Calcutta medical institutions reports 1892-1900
Year: 1892
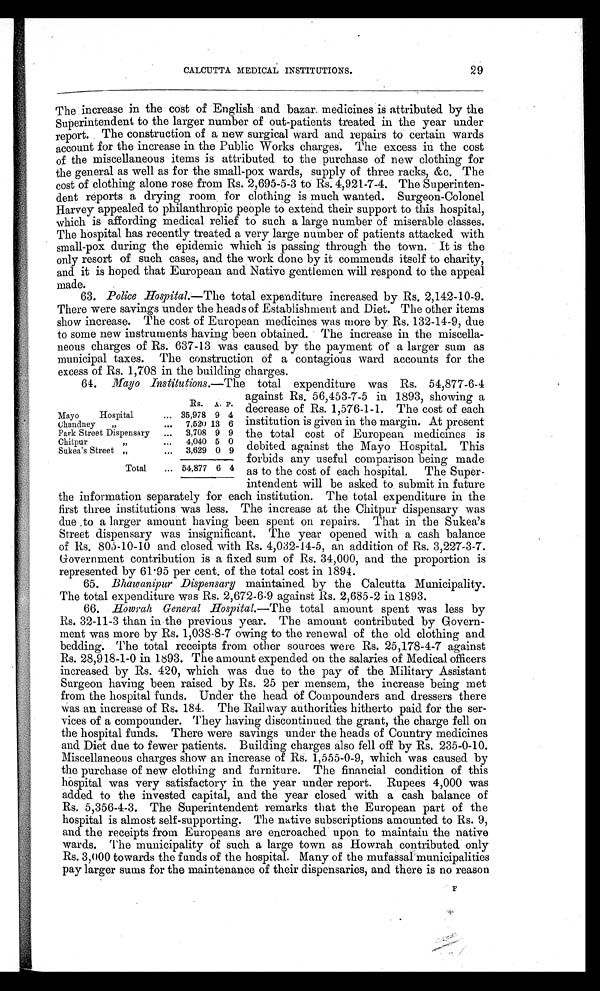
CALCUTTA MEDICAL INSTITUTIONS.
29
The increase in the cost of English and bazar. medicines is attributed by the
Superintendent to the larger number of out-patients treated in the year under
report. The construction of a new surgical ward and repairs to certain wards
account for the increase in the Public Works charges. The excess in the cost
of the miscellaneous items is attributed to the purchase of new clothing for
the general as well as for the small-pox wards, supply of three racks, &c. The
cost of clothing alone rose from Rs. 2,695-5-3 to Rs. 4,921-7-4. The Superinten
- d e n t r e p o r t s a d r y i n g r o o m f o r c l o t h i n g i s m u c h w a n t e d . S u r g e o n - C o l o n e l
Harvey appealed to philanthropic people to extend their support to this hospital,
which is affording medical relief to such a large number of miserable classes.
The hospital has recently treated a very large number of patients attacked with
small-pox during the epidemic which is passing through the town. It is the
only resort of such cases, and the work done by it commends itself to charity,
and it is hoped that European and Native gentlemen will respond to the appeal
made.
63. Police Hospital .—The total expenditure increased by Rs. 2,142-10-9.
There were savings under the heads of Establishment and Diet. The other items
show increase. The cost of European medicines was more by Rs. 132-14-9, due
to some new instruments having been obtained. The increase in the miscella-
neous charges of Rs. 637-13 was caused by the payment of a larger sum as
municipal taxes. The construction of a contagious ward accounts for the
excess of Rs. 1,708 in the building charges.
64. Mayo Institutions .—The total expenditure was Rs. 54,877-6-4
Rs. A. P.
Mayo
Hospital
... 35,978 9 4
Chandney
”
...
7,520 13 6
Park Street Dispensary
...
3,708 9 9
Chitpur
”
...
4,040 5 0
Sukea's Street ”
...
3,629 0 9
Total ... 54,877 6 4
against Rs. 56,453-7-5 in 1893, showing a
decrease of Rs. 1,576-1-1. The cost of each
institution is given in the margin. At present
the total cost of European medicines is
debited against the Mayo Hospital. This
forbids any useful comparison being made
as to the cost of each hospital. The Super-
intendent will be asked to submit in future
the information separately for each institution. The total expenditure in the
first three institutions was less. The increase at the Chitpur dispensary was
due to a larger amount having been spent on repairs. That in the Sukea’s
Street dispensary was insignificant. The year opened with a cash balance
of Rs. 805-10-10 and closed with Rs. 4,032-14-5, an addition of Rs. 3,227-3-7.
Government contribution is a fixed sum of Rs. 34,000, and the proportion is
represented by 61.95 per cent. of the total cost in 1894.
65. Bhawanipur Dispensary maintained by the Calcutta Municipality.
The total expenditure was Rs. 2,672-6-9 against Rs. 2,685-2 in 1893.
66.
Howrah General Hospital.—The total amount spent was less by
Rs. 32-11-3 than in the previous year. The amount contributed by Govern-
ment was more by Rs. 1,038-8-7 owing to the renewal of the old clothing and
bedding. The total receipts from other sources were Rs. 25,178-4-7 against
Rs. 28,918-1-0 in 1893. The amount expended on the salaries of Medical officers
increased by Rs. 420, which was due to the pay of the Military Assistant
Surgeon having been raised by Rs. 25 per mensem, the increase being met
from the hospital funds. Under the head of Compounders and dressers there
was an increase of Rs. 184. The Railway authorities hitherto paid for the ser-
vices of a compounder. They having discontinued the grant, the charge fell on
the hospital funds. There were savings under the heads of Country medicines
and Diet due to fewer patients. Building charges also fell off by Rs. 235-0-10.
Miscellaneous charges show an increase of Rs. 1,555-0-9, which was caused by
the purchase of new clothing and furniture. The financial condition of this
hospital was very satisfactory in the year under report. Rupees 4,000 was
added to the invested capital, and the year closed with a cash balance of
Rs. 5,356-4-3. The Superintendent remarks that the European part of the
hospital is almost self-supporting. The native subscriptions amounted to Rs. 9,
and the receipts from Europeans are encroached upon to maintain the native
wards. The municipality of such a large town as Howrah contributed only
Rs. 3,000 towards the funds of the hospital. Many of the mufassal municipalities
pay larger sums for the maintenance of their dispensaries, and there is no reason
F